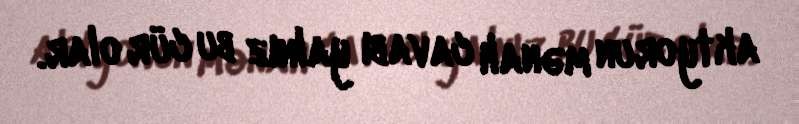
aktyorun mənalı cavabı yalnız bu cür olar.